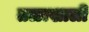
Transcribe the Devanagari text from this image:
तळाखाली